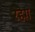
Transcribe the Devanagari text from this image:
रहेग